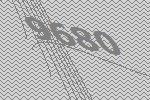
9680